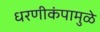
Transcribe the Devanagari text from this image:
धरणीकंपामुळे